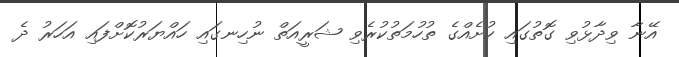
އޭނާ ވިދާޅުވި ގޮތުގައި ކުށެއްގެ ތުހުމަތުކުރެވި ޝަރީއަތް ނުހިނގައި ހައްޔަރުކޮށްފައި އަހަރު ދެ